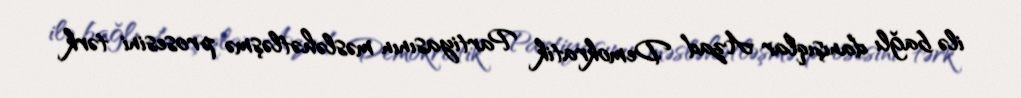
ilə bağlı danışıqlar Azad Demokratik Partiyasının məsləhətləşmə prosesini tərk